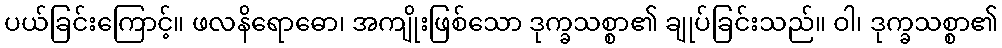
ပယ်ခြင်းကြောင့်။ ဖလနိရောဓော၊ အကျိုးဖြစ်သော ဒုက္ခသစ္စာ၏ ချုပ်ခြင်းသည်။ ဝါ၊ ဒုက္ခသစ္စာ၏